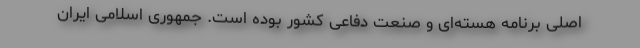
اصلی برنامه هسته‌ای و صنعت دفاعی کشور بوده است. جمهوری اسلامی ایران